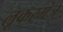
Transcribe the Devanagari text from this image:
लूकरगंज